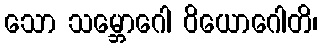
သော သမ္ဘောဂေါ ဝိယောဂေါတိ၊